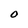
Character: 0